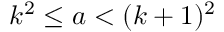
k ^ { 2 } \leq a < ( k + 1 ) ^ { 2 }